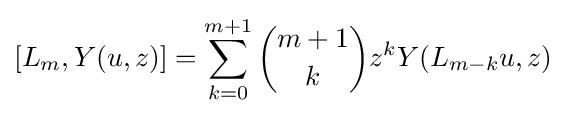
[L_{m},Y(u,z)]=\sum _{k=0}^{m+1}{\binom {m+1}{k}}z^{k}Y(L_{m-k}u,z)